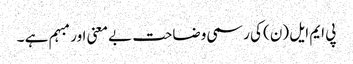
پی ایم ایل (ن) کی رسمی وضاحت بے معنی اور مبہم ہے ۔